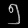
Digit: ၅